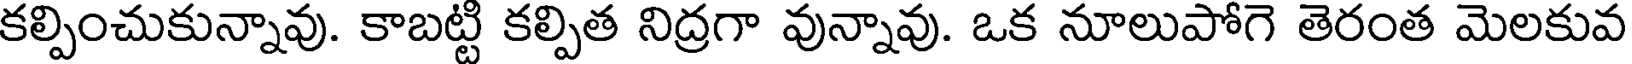
కల్పించుకున్నావు. కాబట్టి కల్పిత నిద్రగా వున్నావు. ఒక నూలుపోగె తెరంత మెలకువ